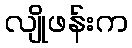
လျိုဖန်းက